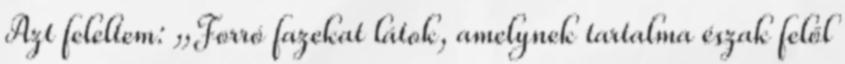
Azt feleltem: „Forró fazekat látok, amelynek tartalma észak felől